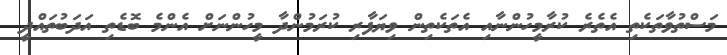
މަސްތުވާތަކެތި އެތެރެ ކުރާމީހުންނާއި އެތަކެތިން ވިޔަފާރި ކުރަމުންދާ މީހުންނަށް އެންމެ ބޮޑެތި އަދަބުތައްދީ